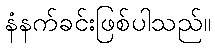
နံနက်ခင်းဖြစ်ပါသည်။